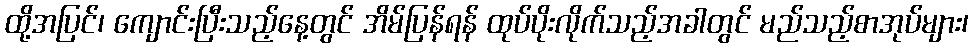
ထို့အပြင်၊ ကျောင်းပြီးသည့်နေ့တွင် အိမ်ပြန်ရန် ထုပ်ပိုးလိုက်သည့်အခါတွင် မည်သည့်စာအုပ်များ၊